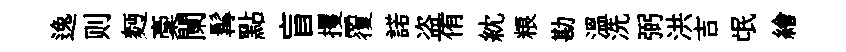
逸则麪稾闌髯點盲攫覆諾盗侑紞粮勘温洗弼洪吉氓繪